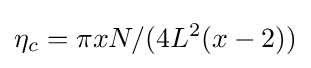
\eta _{c}=\pi xN/(4L^{2}(x-2))